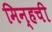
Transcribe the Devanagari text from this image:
मिन्हची